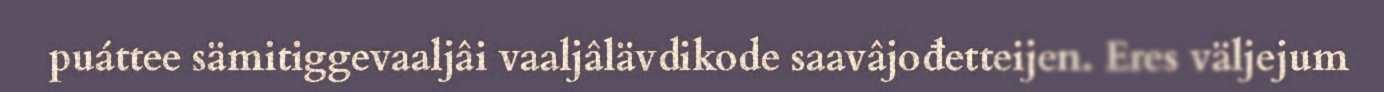
puáttee sämitiggevaaljâi vaaljâlävdikode saavâjođetteijen. Eres väljejum